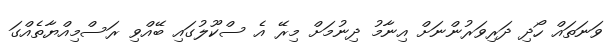
ވަނަތައް ހޯދި ދަރިވަރުންނަށް އިނާމު ދިނުމަށް މިރޭ އެ ސްކޫލުގައި ބޭއްވި ރަސްމިއްޔާތެއްގަ